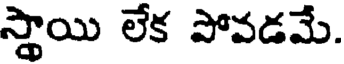
స్థాయి లేక పోవడమే.